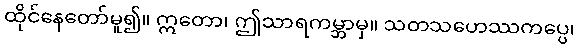
ထိုင်နေတော်မူ၍။ ဣတော၊ ဤသာရကမ္ဘာမှ။ သတသဟေဿကပ္ပေ၊